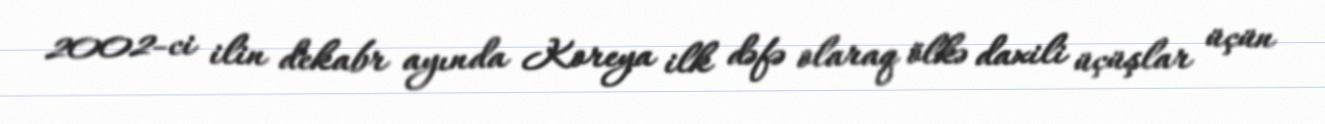
2002-ci ilin dekabr ayında Koreya ilk dəfə olaraq ölkə daxili üçüşlar üçün